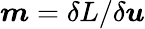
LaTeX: \boldsymbol{m}=\delta L/\delta\boldsymbol{u}